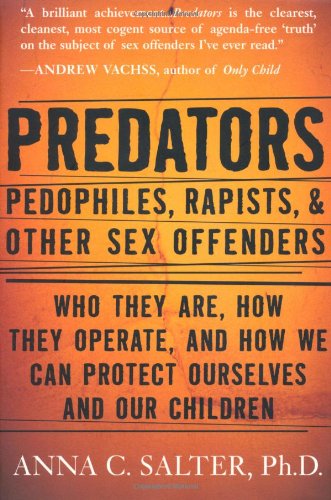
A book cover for Predators: Pedophiles, Rapists, And Other Sex Offenders; Anna Salter; Medical Books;